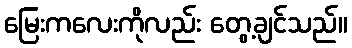
မြေးကလေးကိုလည်း တွေ့ချင်သည်။